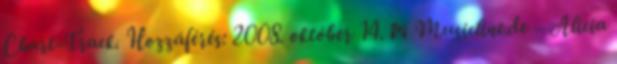
Chart-Track. Hozzáférés: 2008. október 14. ↑ Musicline.de – Alicia